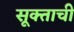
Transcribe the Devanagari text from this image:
सूक्ताची